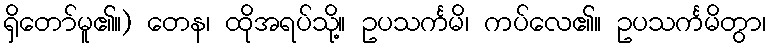
ရှိတော်မူ၏။) တေန၊ ထိုအရပ်သို့။ ဥပသင်္ကမိ၊ ကပ်လေ၏။ ဥပသင်္ကမိတွာ၊